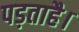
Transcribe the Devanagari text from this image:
पड़ताहै।